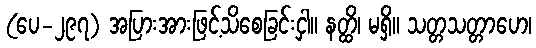
(ပေ-၂၉၇) အပြားအားဖြင့်သိစေခြင်းငှါ။ နတ္ထိ၊ မရှိ။ သတ္တသတ္တာဟေ၊